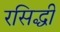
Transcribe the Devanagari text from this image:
रसिद्धी